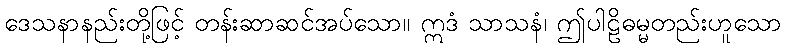
ဒေသနာနည်းတို့ဖြင့် တန်းဆာဆင်အပ်သော။ ဣဒံ သာသနံ၊ ဤပါဠိဓမ္မတည်းဟူသော